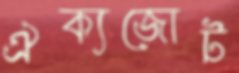
ঐক্যজোট